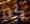
كلا